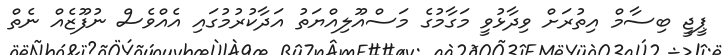
ޕީޖީ ބިސާމް އިތުރަށް ވިދާޅުވީ މަގާމުގެ މަސްއޫލިއްޔަތު އަދާކުރުމުގައި އެއްވެސް ނުފޫޒެއް ނެތް